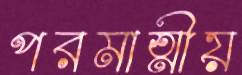
পরমাত্মীয়